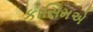
કાસિમએ